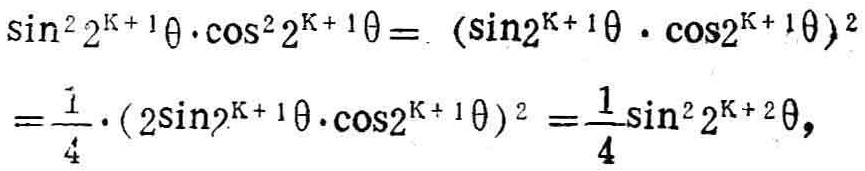
\[\begin{align*}
\sin^{2}2^{k + 1}\theta\cdot\cos^{2}2^{k + 1}\theta&= (\sin2^{k + 1}\theta\cdot\cos2^{k + 1}\theta)^{2}\\
&=\frac{1}{4}\cdot(2\sin2^{k + 1}\theta\cdot\cos2^{k + 1}\theta)^{2}=\frac{1}{4}\sin^{2}2^{k + 2}\theta,
\end{align*}\]